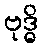
ဗုဒ္ဓိ